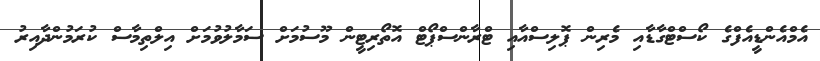
އެމްއެންޑީއެފްގެ ކޯސްޓްގާޑާއި މެރިން ޕޮލިސްއާއި ޓްރާންސްޕޯޓް އޮތޯރިޓީން މޫސުމަށް ސަމާލުވުމަށް އިލްތިމާސް ކުރަމުންދާއިރު